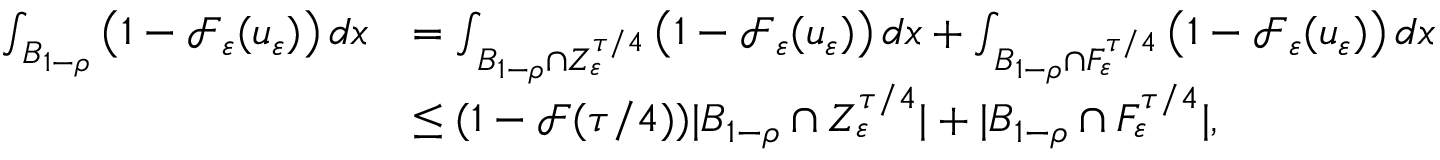
\begin{array} { r l } { \int _ { B _ { 1 - \rho } } \left( 1 - \mathcal { F } _ { \varepsilon } ( u _ { \varepsilon } ) \right) d x } & { = \int _ { B _ { 1 - \rho } \cap Z _ { \varepsilon } ^ { \tau / 4 } } \left( 1 - \mathcal { F } _ { \varepsilon } ( u _ { \varepsilon } ) \right) d x + \int _ { B _ { 1 - \rho } \cap F _ { \varepsilon } ^ { \tau / 4 } } \left( 1 - \mathcal { F } _ { \varepsilon } ( u _ { \varepsilon } ) \right) d x } \\ & { \leq ( 1 - \mathcal { F } ( \tau / 4 ) ) | B _ { 1 - \rho } \cap Z _ { \varepsilon } ^ { \tau / 4 } | + | B _ { 1 - \rho } \cap F _ { \varepsilon } ^ { \tau / 4 } | , } \end{array}